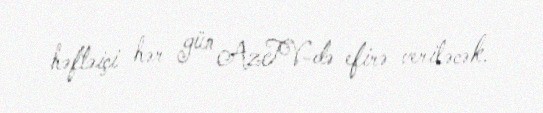
həftəiçi hər gün AzTV-də efirə veriləcək.